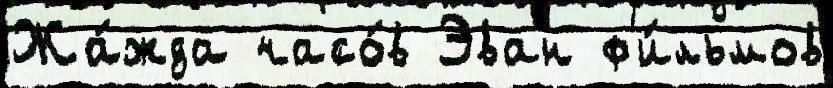
Жа́жда часо́в Эван ф'и́льмов